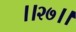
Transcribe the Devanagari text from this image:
।।२७।।